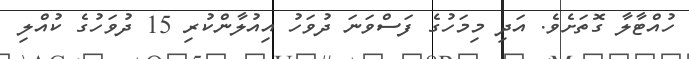
ހުއްޓާލާ ގޮތަށެވެ. އަދި މިމަހުގެ ފަސްވަނަ ދުވަހު އިއުލާންކުރި 15 ދުވަހުގެ ކުއްލި